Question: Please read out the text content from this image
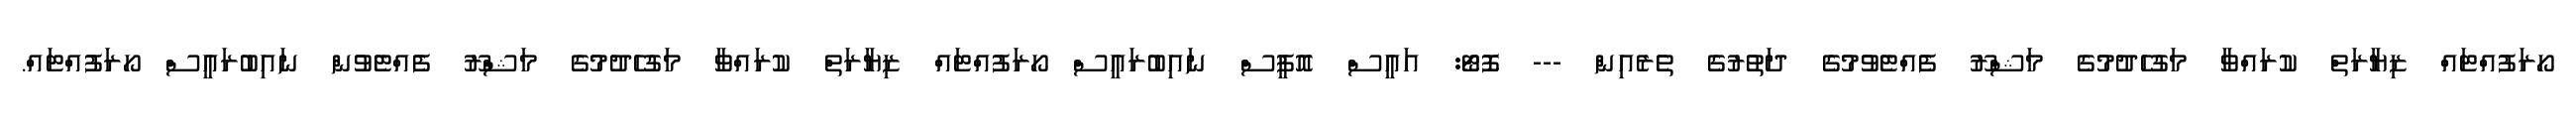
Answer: ހޯރަފުއްޓައް ޒިޔާރަތް ކުރައްވާ މަގުހެދުމުގެ މަޝްރޫ ފެއްޓެވުމުގެ ދަތުރުގެ ތެރެއިން --- ފޮޓޯ: އައީސް އޮފީސް ނައިބުރައީސް ހޯރަފުއްޓައް ޒިޔާރަތް ކުރައްވާ މަގުހެދުމުގެ މަޝްރޫ ފެއްޓެވުން ނައިބުރައީސް ހޯރަފުއްޓައް.